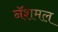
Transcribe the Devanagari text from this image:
नॅशमल